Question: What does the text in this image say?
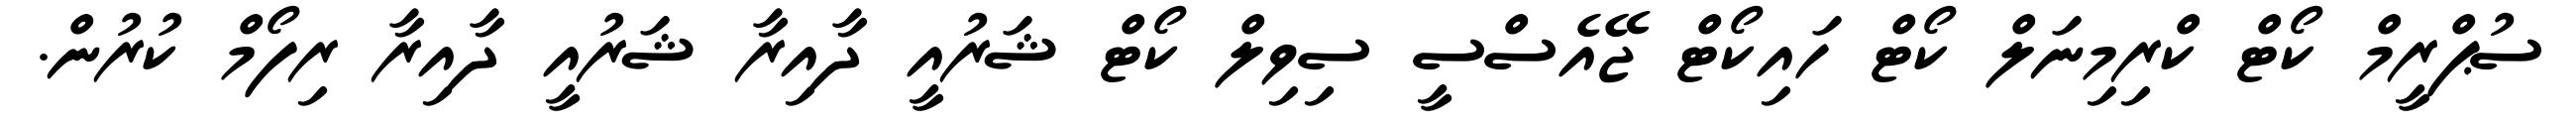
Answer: ސުޕްރީމް ކޯޓް ކްރިމިނަލް ކޯޓް ހައިކޯޓް ޖޭއެސްސީ ސިވިލް ކޯޓް ޝަރުއީ ދާއިރާ ޝަރުއީ ދާއިރާ ރިފޯމް ކުރުން.